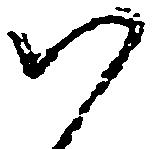
つ